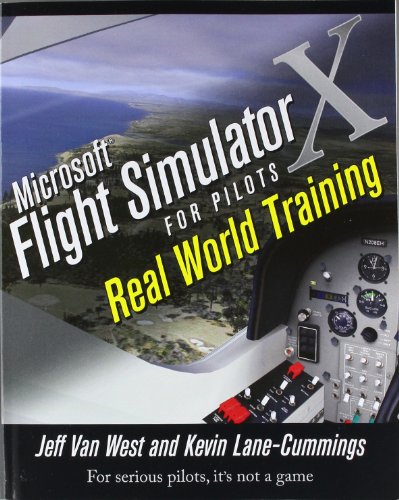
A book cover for Microsoft Flight Simulator X For Pilots Real World Training; Jeff Van West; Computers & Technology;